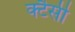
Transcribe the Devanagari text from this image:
क्टैसी